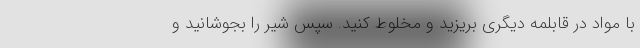
با مواد در قابلمه دیگری بریزید و مخلوط کنید. سپس شیر را بجوشانید و